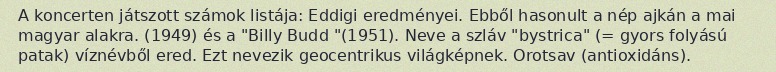
A koncerten játszott számok listája: Eddigi eredményei. Ebből hasonult a nép ajkán a mai magyar alakra. (1949) és a "Billy Budd "(1951). Neve a szláv "bystrica" (= gyors folyású patak) víznévből ered. Ezt nevezik geocentrikus világképnek. Orotsav (antioxidáns).